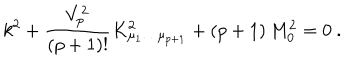
k ^ { 2 } + { \frac { V _ { p } ^ { 2 } } { ( p + 1 ) ! } } K _ { \mu _ { 1 } \dots \mu _ { p + 1 } } ^ { 2 } + ( p + 1 ) \, M _ { 0 } ^ { 2 } = 0 \ .